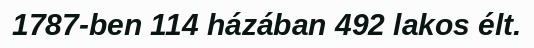
1787-ben 114 házában 492 lakos élt.